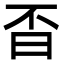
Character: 㫘